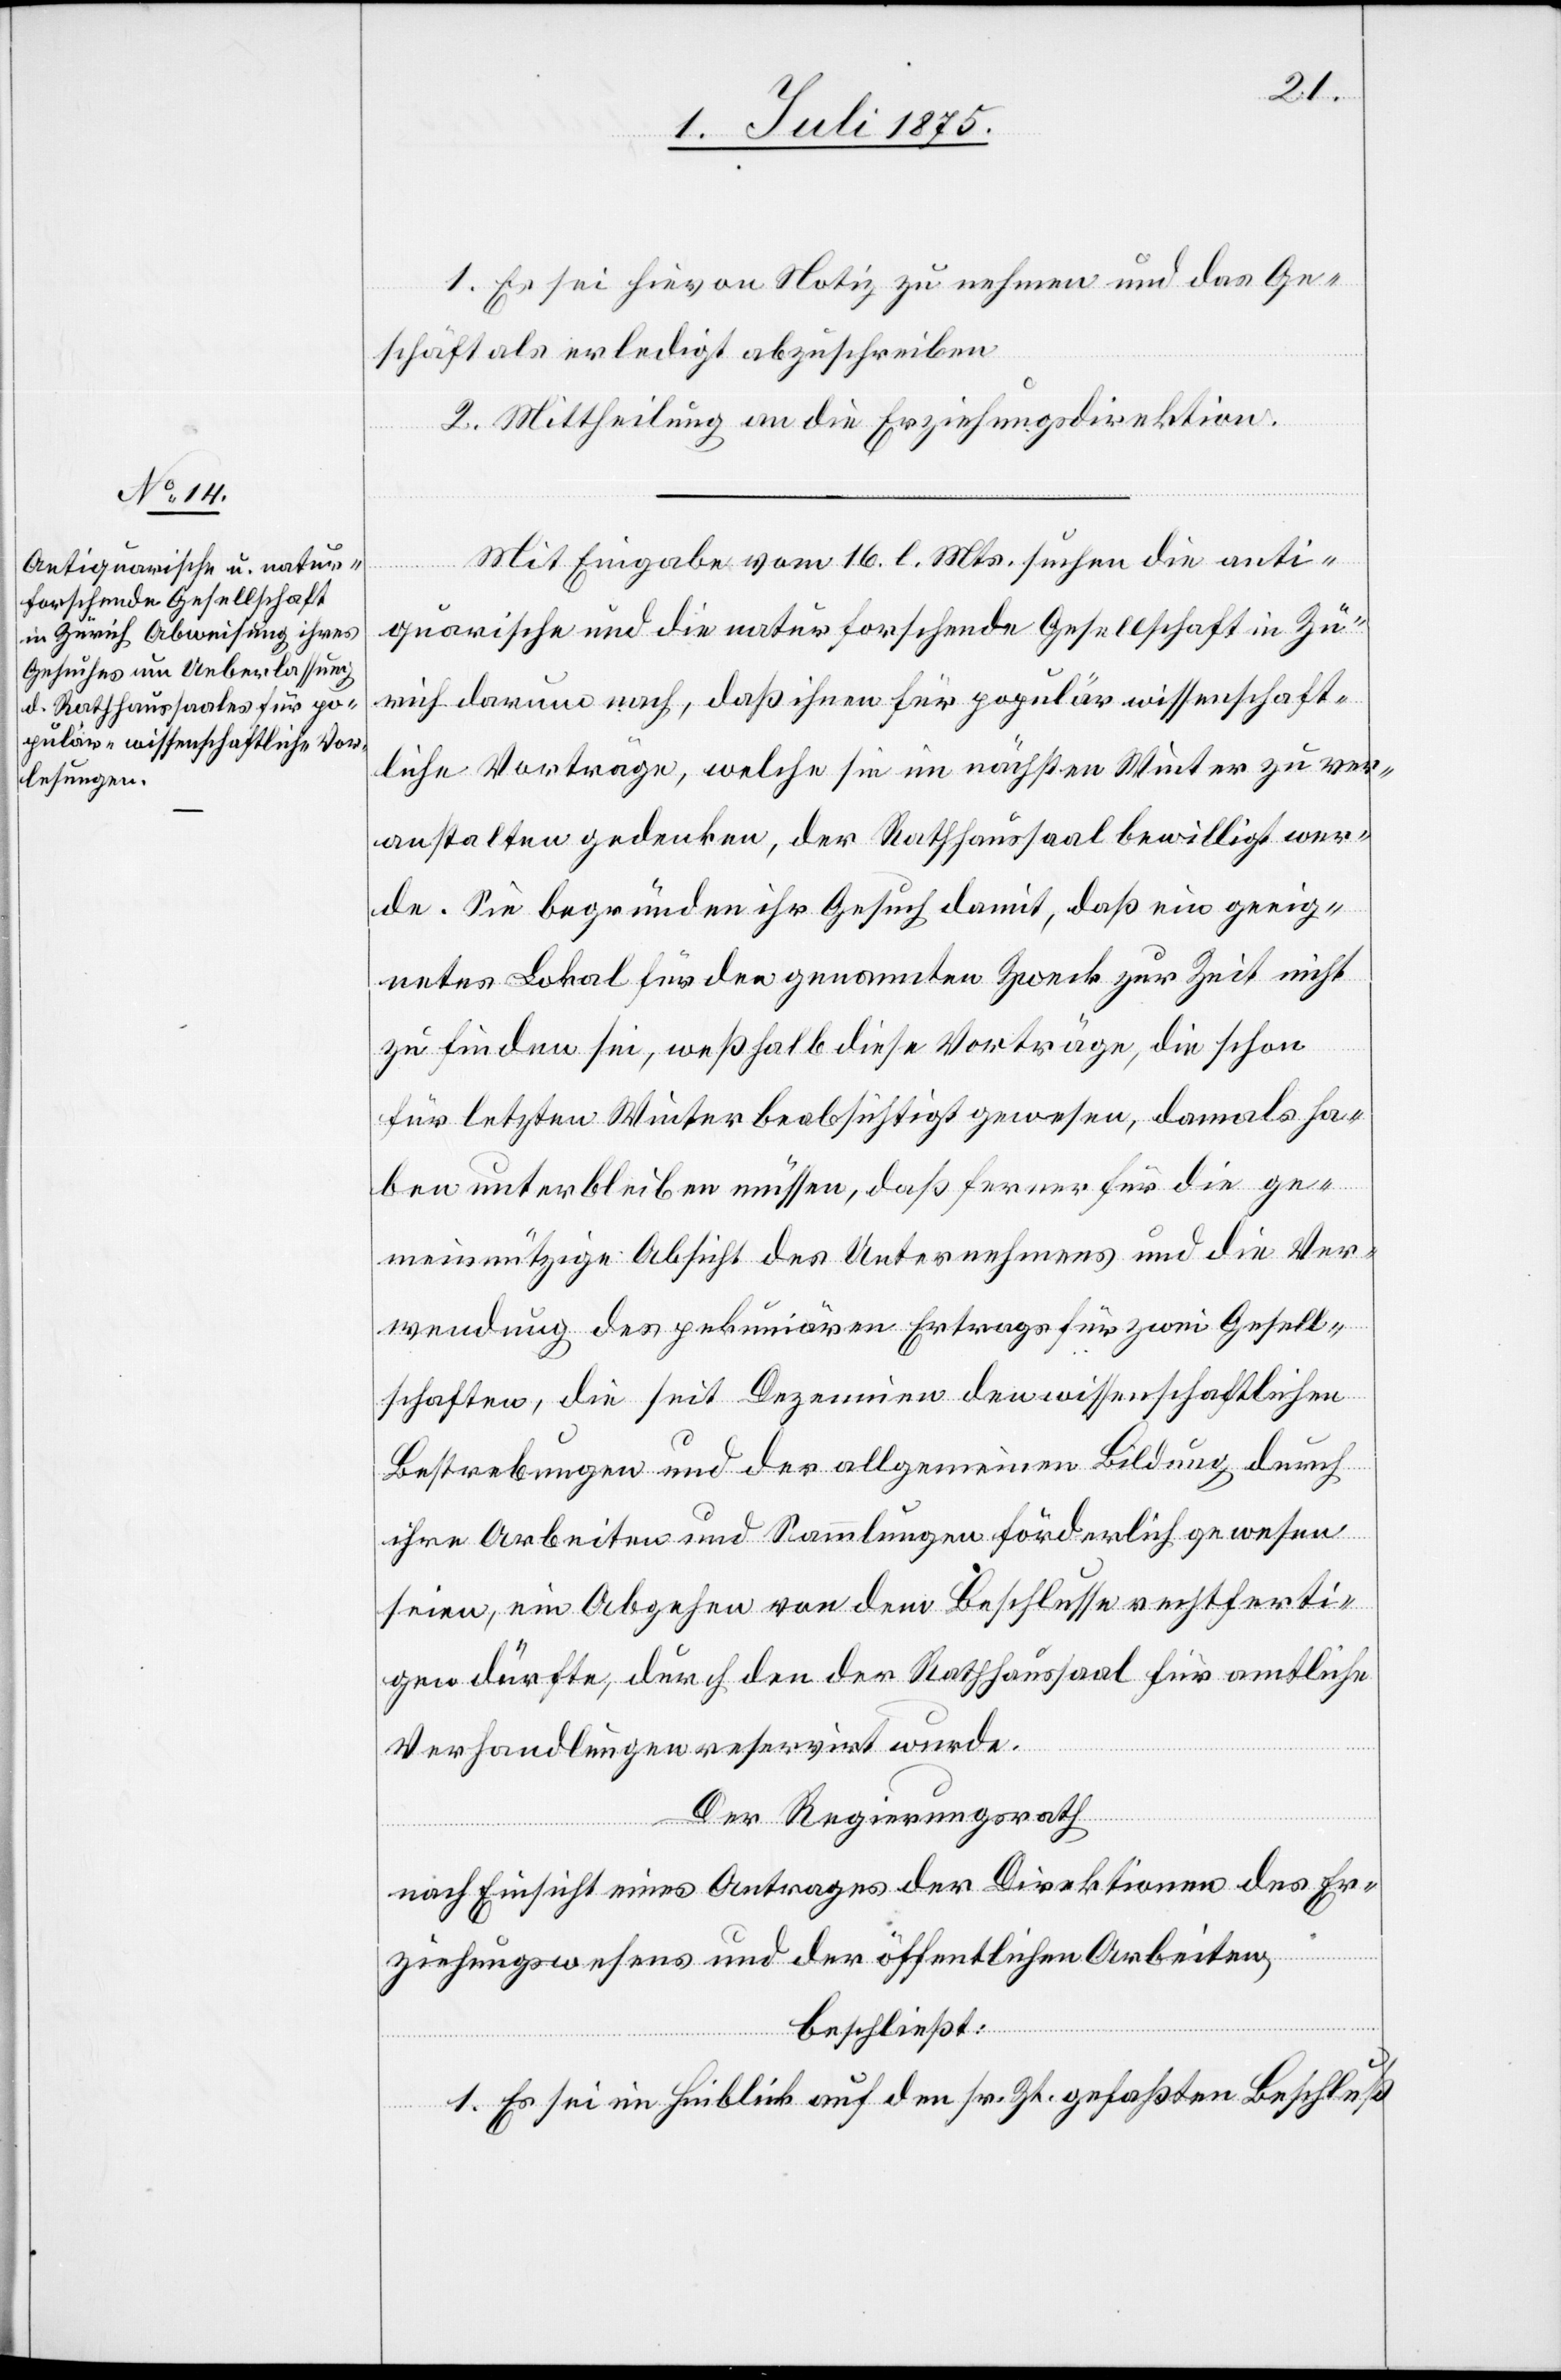
1. Es sei hievon Notiz zu nehmen und das Ge¬
schäft als erledigt abzuschreiben.
2. Mittheilung an die Erziehungsdirektion.
Mit Eingabe vom 16. l. Mts. suchen die anti¬
quarische und die naturforschende Gesellschaft in Zü¬
rich darum nach, daß ihnen für populär wissenschaft¬
liche Vorträge, welche sie im nächsten Winter zu ver¬
anstalten gedenken, der Rathhaussaal bewilligt wer¬
de. Sie begründen ihr Gesuch damit, daß ein geeig¬
netes Lokal für den genannten Zweck zur Zeit nicht
zu finden sei, weßhalb diese Vorträge, die schon
für letzten Winter beabsichtigt gewesen, damals ha¬
ben unterbleiben müssen, daß ferner für die ge¬
meinnützige Absicht des Unternehmens und die Ver¬
wendung des pekuniären Ertrags für zwei Gesell¬
schaften, die seit Dezennien den wissenschaftlichen
Bestrebungen und der allgemeinen Bildung durch
ihre Arbeiten und Sammlungen förderlich gewesen
seien, ein Abgehen von dem Beschlusse rechtferti¬
gen dürfte, durch den der Rathhaussaal für amtliche
Verhandlungen reserviert wurde.
Der Regierungsrath,
nach Einsicht eines Antrages der Direktion des Er¬
ziehungswesens und der öffentlichen Arbeiten,
beschließt:
1. Es sei im Hinblick auf den sr. Zt. gefaßten Beschluß